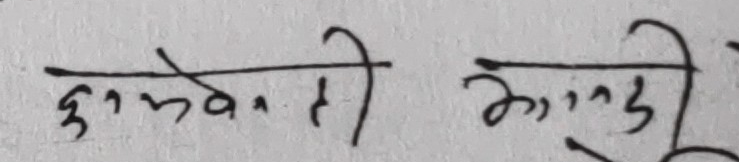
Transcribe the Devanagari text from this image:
कुमवेदती कांडी